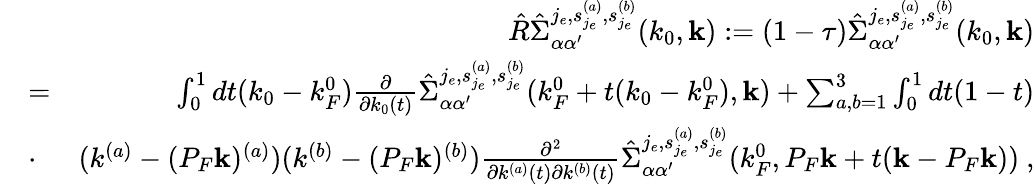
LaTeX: \begin{array}{rlr}&{}&{\hat{R}\hat{\Sigma}_{\alpha\alpha^{\prime}}^{j_{e},{s_{j_{e}}^{(a)},s_{j_{e}}^{(b)}}}(k_{0},{\mathbf k}):=(1-\tau)\hat{\Sigma}_{\alpha\alpha^{\prime}}^{j_{e},{s_{j_{e}}^{(a)},s_{j_{e}}^{(b)}}}(k_{0},{\mathbf k})}\\ &{=}&{\int_{0}^{1}dt(k_{0}-k_{F}^{0})\frac{\partial}{\partial k_{0}(t)}\hat{\Sigma}_{\alpha\alpha^{\prime}}^{j_{e},{s_{j_{e}}^{(a)},s_{j_{e}}^{(b)}}}(k_{F}^{0}+t(k_{0}-k_{F}^{0}),{\mathbf k})+\sum_{a,b=1}^{3}\int_{0}^{1}dt(1-t)}\\ &{\cdot}&{(k^{(a)}-(P_{F}{\mathbf k})^{(a)})(k^{(b)}-(P_{F}{\mathbf k})^{(b)})\frac{\partial^{2}}{\partial k^{(a)}(t)\partial k^{(b)}(t)}\hat{\Sigma}_{\alpha\alpha^{\prime}}^{j_{e},{s_{j_{e}}^{(a)},s_{j_{e}}^{(b)}}}(k_{F}^{0},P_{F}{\mathbf k}+t({\mathbf k}-P_{F}{\mathbf k}))\ ,}\end{array}